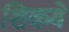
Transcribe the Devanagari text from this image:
शिकवे